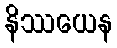
နိဿယေန